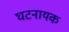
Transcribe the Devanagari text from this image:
घटनायक